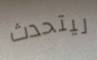
ليتحدث